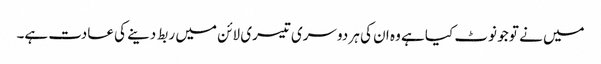
میں نے تو جو نوٹ کیا ہے وہ ان کی ہر دوسری تیسری لائن میں ربط دینے کی عادت ہے۔